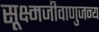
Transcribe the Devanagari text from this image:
सूक्ष्मजीवाणुजन्य